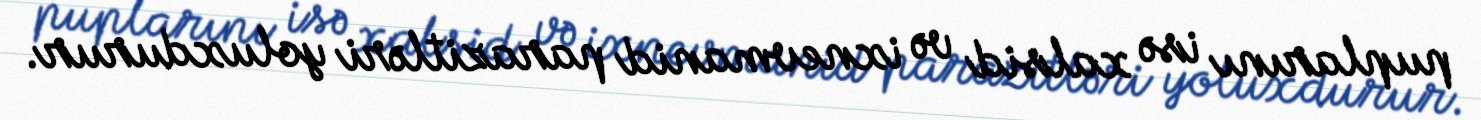
puplarını isə xalsid və ixnevmanid parazitləri yoluxdurur.